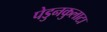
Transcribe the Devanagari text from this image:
पेडुनकुलाटा